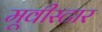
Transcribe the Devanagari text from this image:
मूवीस्टार